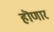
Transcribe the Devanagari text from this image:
हॊणार